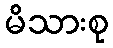
မိသားစု